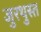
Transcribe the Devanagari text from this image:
जुरथुस्त